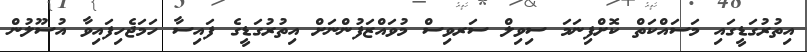
އިތުރުގަޑީގައި މަސައްކަތް ކޮށްފިނަމަ ސިވިލް ސަރވިސް މުވައްޒަފުންނަށް އިތުރުގަޑީގެ ފައިސާ ހަމަޖެހިފައިވާ އުސޫލުން